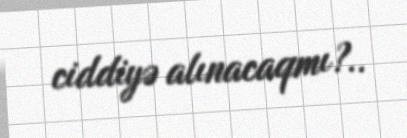
ciddiyə alınacaqmı?..